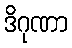
ဒိဂုဏာ